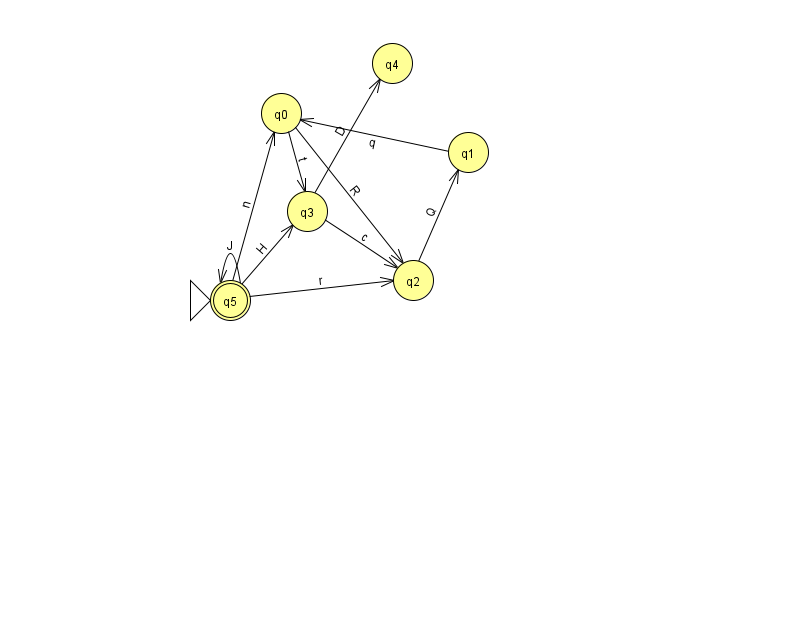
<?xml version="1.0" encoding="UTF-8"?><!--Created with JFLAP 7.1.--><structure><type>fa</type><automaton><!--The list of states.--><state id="0" name="q0"><x>281.0</x><y>100.0</y></state><state id="1" name="q1"><x>468.0</x><y>139.0</y></state><state id="2" name="q2"><x>413.0</x><y>267.0</y></state><state id="3" name="q3"><x>307.0</x><y>198.0</y></state><state id="4" name="q4"><x>392.0</x><y>50.0</y></state><state id="5" name="q5"><x>230.0</x><y>287.0</y><initial/><final/></state><!--The list of transitions.--><transition><from>5</from><to>2</to><read>r</read></transition><transition><from>0</from><to>2</to><read>R</read></transition><transition><from>5</from><to>3</to><read>H</read></transition><transition><from>2</from><to>1</to><read>Q</read></transition><transition><from>1</from><to>0</to><read>q</read></transition><transition><from>3</from><to>2</to><read>c</read></transition><transition><from>3</from><to>4</to><read>D</read></transition><transition><from>5</from><to>5</to><read>J</read></transition><transition><from>0</from><to>3</to><read>t</read></transition><transition><from>5</from><to>0</to><read>n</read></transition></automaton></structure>